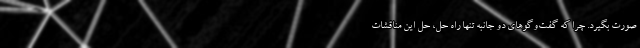
صورت بگیرد. چرا که گفت‌وگوهای دو جانبه تنها راه حل، حل این مناقشات